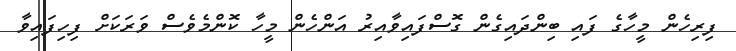
ފިރިހެން މީހާގެ ފައި ބިންދައިގެން ގޮސްފައިވާއިރު އަންހެން މީހާ ކޮންމެވެސް ވަރަކަށް ފިހިފައިވާ